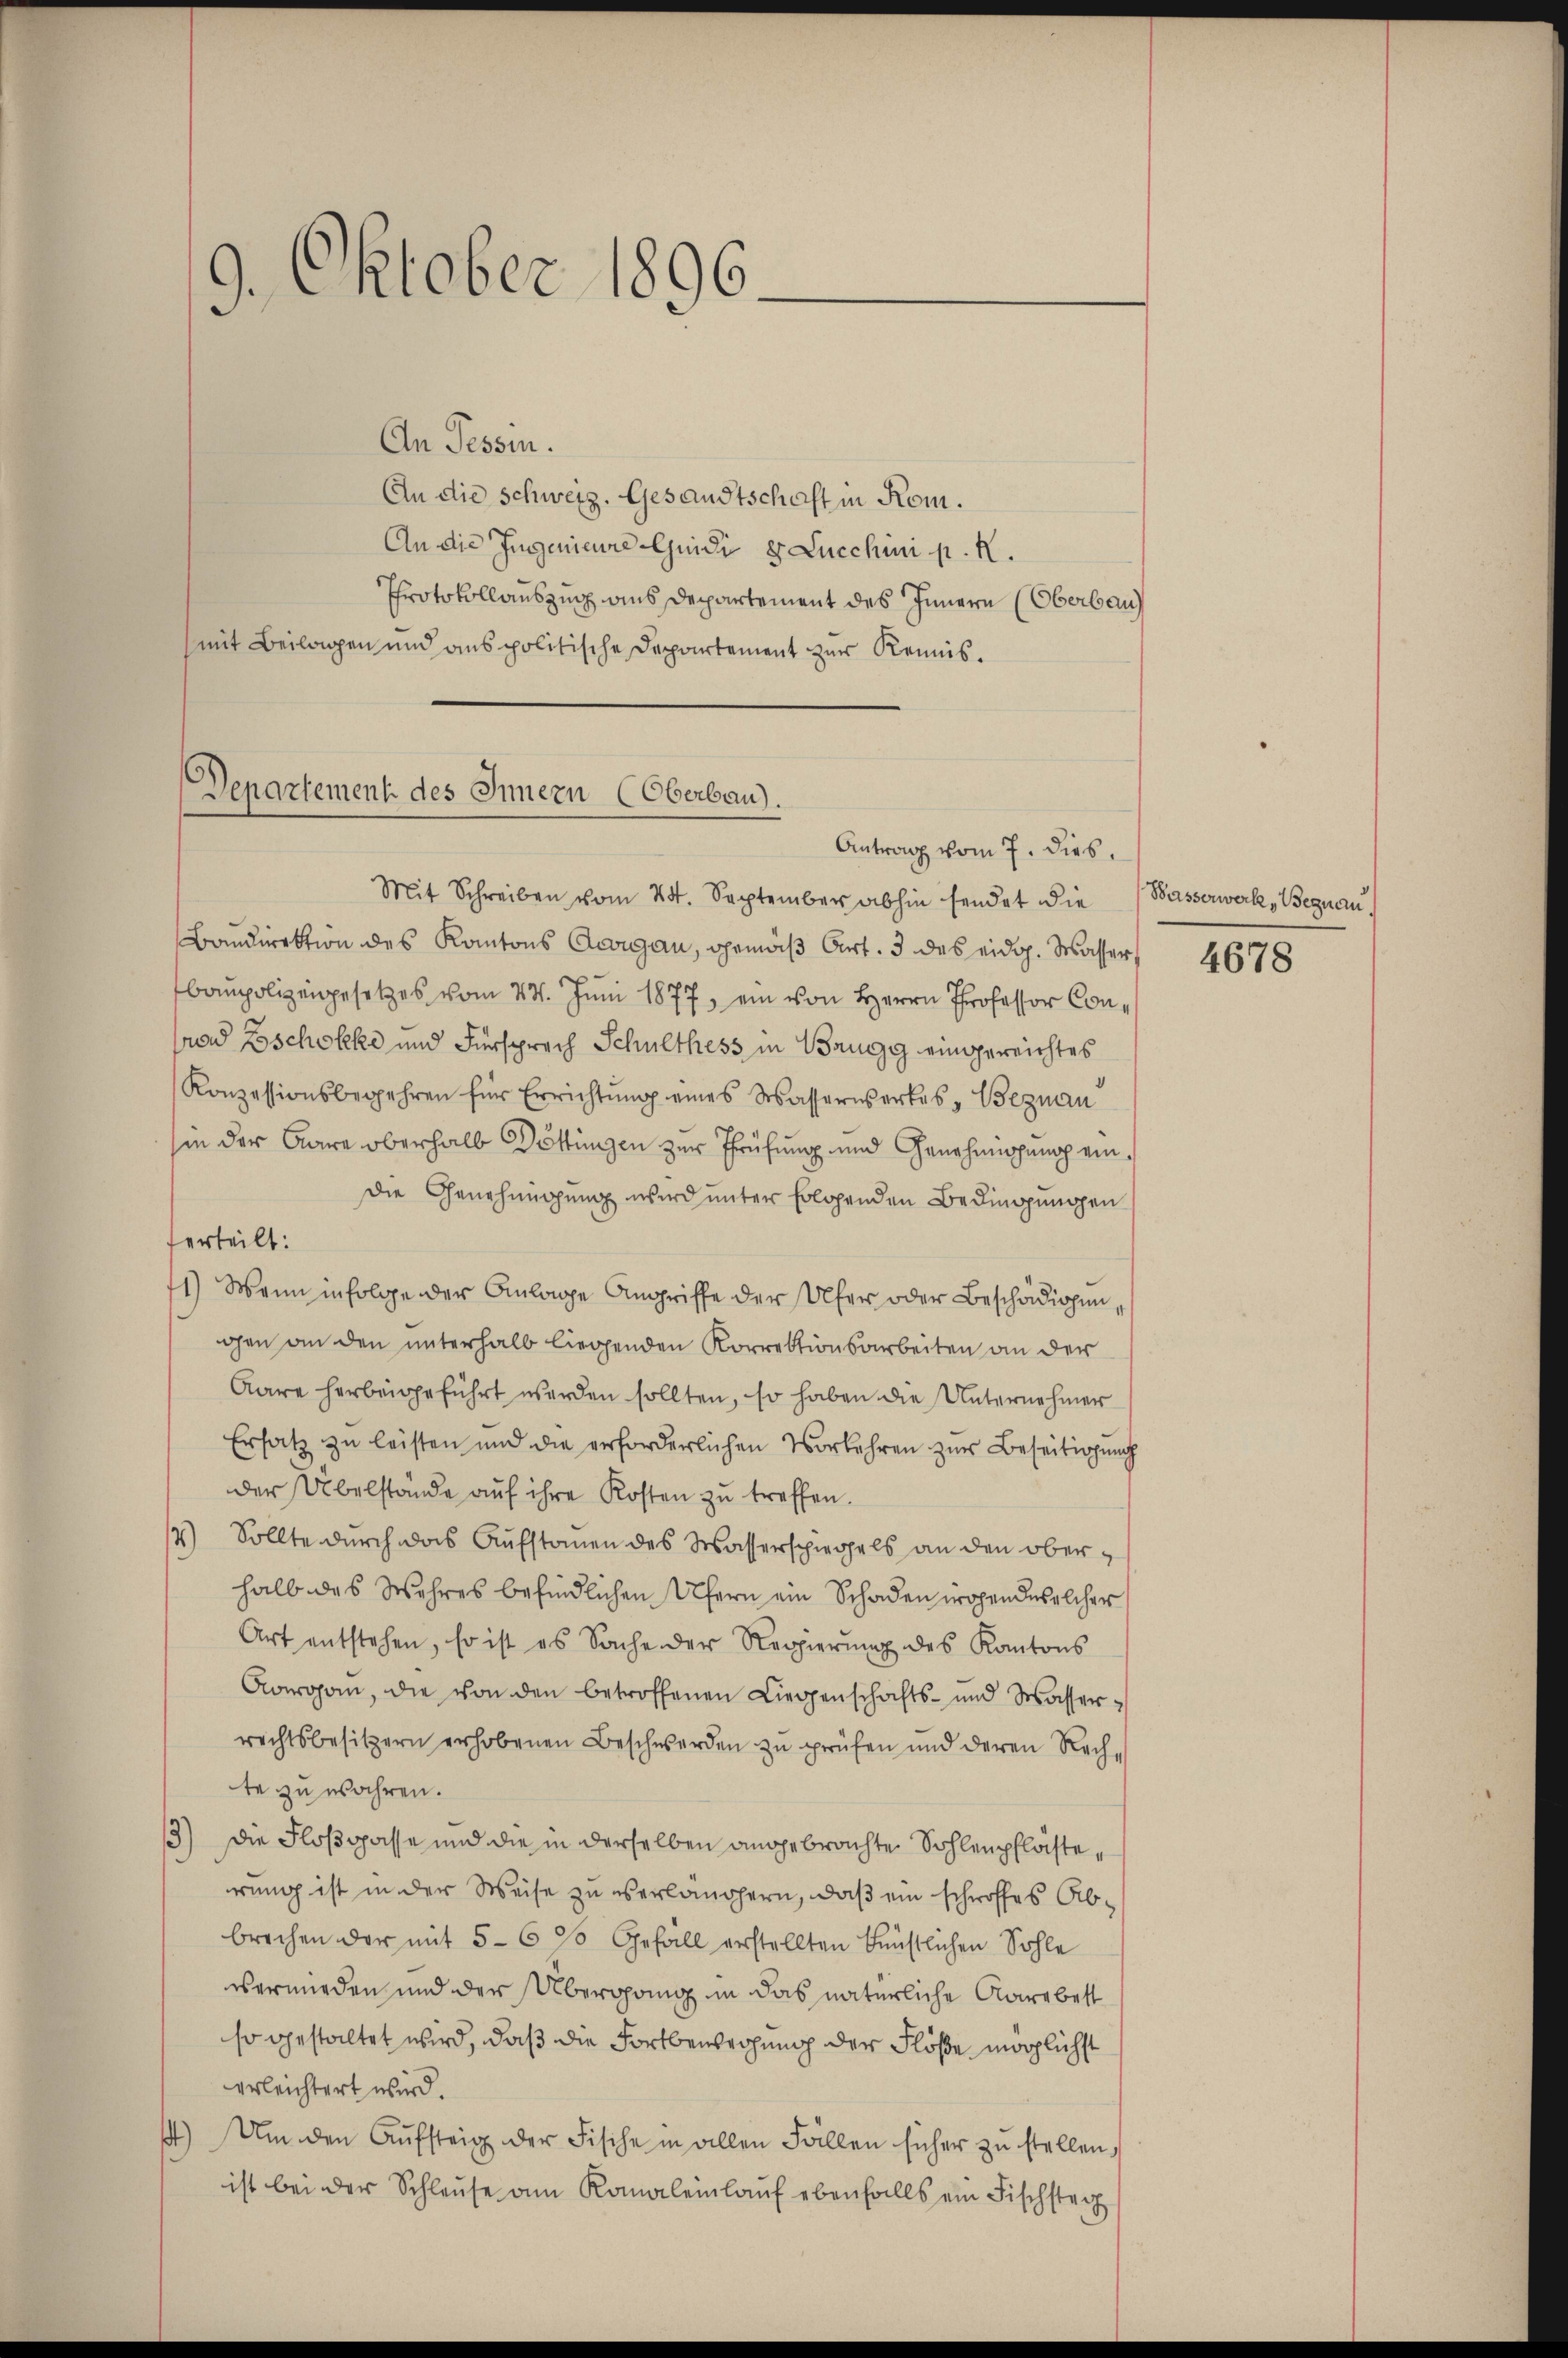
9. Oktober 1896

An Tessin.
An die Schweiz. Gesandtschaft in Rom.
An die Ingenieure Guidi 8 Lucchii p. K.
Protokollauszug aus Departement des Innern (Oberbau
mit Beilagen und anspolitische Departement zur Reinis¬

Departement des Innern (Oberbau).
Antrag vom 7. dies.

Mit Schreiben vom 24. September abhin sendet die
Bandirektion des Kantons Aargau, gemäß Art. 3 des eidg. Wasser,
baupolizeigesetzes vom 27. Juni 1877, ein von Herrn Professor Conrad Boschokke und Fürsprech Schulthess in Brugg eingereichtes
Konzessionsbegehren für Errichtung eines Wasserwerkes Begnau
sin der Aare oberhalb Döttingen zur Prüfung und Genehmigung eindie Genehmigung wird unter folgenden Bedingungen
erteilt:
11) Wenn infolge der Anlage Angriffe der Ufer oder Beschädigungen an den unterhalb liegenden Korrektionsarbeiten an der
Aare herbeigeführt werden sollten, so haben die Unternehmer
Ersatz zŭ leisten und die erforderlichen Vorkehren zŭr Beseitigung
der Übelstände auf ihre Kosten zu treffen.
2) Sollte durch das Aufstanen des Wasserschiegels an den oberhalb des Wehres befindlichen Ufern ein Schaden wogendwelcher
Art entstehen, so ist es Sache der Regierŭng des Kantons
Aargau, die von den betroffenen Liegenschafts- und Wasserrechtsbesitzern erhobenen Beschwerden zu prüfen und deren Rech-
te zu wahren.
13) Die Floßgasse und die in derselben angebrachte Sohlenpfläste,
rung ist in der Weise zu verlängern, daß ein schroffes Abbrechen der mit 5-6 % Gefäll erstellten künstlichen Sohle
vermieden und der Übergang in das natürliche Aare best
so gestaltet wird, daß die Fortbeweihung der Flöße möglichst
erleichtert wird.
) Um den Aŭfsteig der Fische in allen Fällen sicher zu stellen,
ist bei der Schlaŭse am Kanaleinlaŭf ebenfalls ein Fischster

Wasserwerke, Begnau.

4678